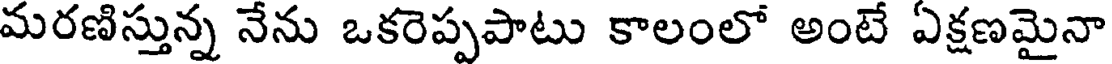
మరణిస్తున్న నేను ఒకరెప్పపాటు కాలంలో అంటే ఏక్షణమైనా